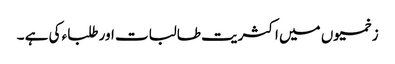
زخمیوں میں اکثریت طالبات اور طلباء کی ہے ۔